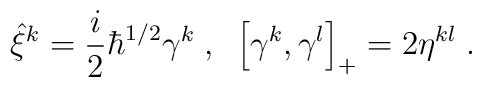
\hat{\xi}^{k}=\frac{i}{2}\hbar ^{1/2}\gamma ^{k}\;,\;\;\left[ \gamma^{k},\gamma ^{l}\right] _{+}=2\eta ^{kl}\;.